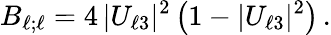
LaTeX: B_{{\ell};{\ell}}=4\, |U_{{\ell}3}|^{2}\left(1-|U_{{\ell}3}|^{2}\right)\, .